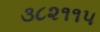
૩૮૨૧૧૫